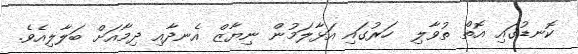
ކޮނޑުގައި އޮތް ތުވާލި  ހަރުގައި އަޅާލަމުން ނިޔާޒް އެނދާއި ދިމާއަށް ބަލާލިއެވެ.